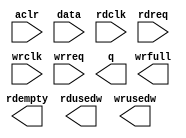
// megafunction wizard: %FIFO%VBB%
// GENERATION: STANDARD
// VERSION: WM1.0
// MODULE: dcfifo 

// ============================================================
// Megafunction Name(s):
// 			dcfifo
//
// Simulation Library Files(s):
// 			altera_mf
// ============================================================
// ************************************************************
// THIS IS A WIZARD-GENERATED FILE. DO NOT EDIT THIS FILE!
//
// 9.0 Build 132 02/25/2009 SJ Full Version
// ************************************************************

//Copyright (C) 1991-2009 Altera Corporation
//Your use of Altera Corporation's design tools, logic functions 
//and other software and tools, and its AMPP partner logic 
//functions, and any output files from any of the foregoing 
//(including device programming or simulation files), and any 
//associated documentation or information are expressly subject 
//to the terms and conditions of the Altera Program License 
//Subscription Agreement, Altera MegaCore Function License 
//Agreement, or other applicable license agreement, including, 
//without limitation, that your use is for the sole purpose of 
//programming logic devices manufactured by Altera and sold by 
//Altera or its authorized distributors.  Please refer to the 
//applicable agreement for further details.

module FIFO_LAST16 (
	aclr,
	data,
	rdclk,
	rdreq,
	wrclk,
	wrreq,
	q,
	rdempty,
	rdusedw,
	wrfull,
	wrusedw);

	input	  aclr;
	input	[15:0]  data;
	input	  rdclk;
	input	  rdreq;
	input	  wrclk;
	input	  wrreq;
	output	[15:0]  q;
	output	  rdempty;
	output	[13:0]  rdusedw;
	output	  wrfull;
	output	[13:0]  wrusedw;
`ifndef ALTERA_RESERVED_QIS
// synopsys translate_off
`endif
	tri0	  aclr;
`ifndef ALTERA_RESERVED_QIS
// synopsys translate_on
`endif

endmodule

// ============================================================
// CNX file retrieval info
// ============================================================
// Retrieval info: PRIVATE: AlmostEmpty NUMERIC "0"
// Retrieval info: PRIVATE: AlmostEmptyThr NUMERIC "-1"
// Retrieval info: PRIVATE: AlmostFull NUMERIC "0"
// Retrieval info: PRIVATE: AlmostFullThr NUMERIC "-1"
// Retrieval info: PRIVATE: CLOCKS_ARE_SYNCHRONIZED NUMERIC "0"
// Retrieval info: PRIVATE: Clock NUMERIC "4"
// Retrieval info: PRIVATE: Depth NUMERIC "8192"
// Retrieval info: PRIVATE: Empty NUMERIC "1"
// Retrieval info: PRIVATE: Full NUMERIC "1"
// Retrieval info: PRIVATE: INTENDED_DEVICE_FAMILY STRING "Stratix II"
// Retrieval info: PRIVATE: LE_BasedFIFO NUMERIC "0"
// Retrieval info: PRIVATE: LegacyRREQ NUMERIC "0"
// Retrieval info: PRIVATE: MAX_DEPTH_BY_9 NUMERIC "0"
// Retrieval info: PRIVATE: OVERFLOW_CHECKING NUMERIC "0"
// Retrieval info: PRIVATE: Optimize NUMERIC "0"
// Retrieval info: PRIVATE: RAM_BLOCK_TYPE NUMERIC "0"
// Retrieval info: PRIVATE: SYNTH_WRAPPER_GEN_POSTFIX STRING "0"
// Retrieval info: PRIVATE: UNDERFLOW_CHECKING NUMERIC "0"
// Retrieval info: PRIVATE: UsedW NUMERIC "1"
// Retrieval info: PRIVATE: Width NUMERIC "16"
// Retrieval info: PRIVATE: dc_aclr NUMERIC "1"
// Retrieval info: PRIVATE: diff_widths NUMERIC "0"
// Retrieval info: PRIVATE: msb_usedw NUMERIC "1"
// Retrieval info: PRIVATE: output_width NUMERIC "16"
// Retrieval info: PRIVATE: rsEmpty NUMERIC "1"
// Retrieval info: PRIVATE: rsFull NUMERIC "0"
// Retrieval info: PRIVATE: rsUsedW NUMERIC "1"
// Retrieval info: PRIVATE: sc_aclr NUMERIC "0"
// Retrieval info: PRIVATE: sc_sclr NUMERIC "0"
// Retrieval info: PRIVATE: wsEmpty NUMERIC "0"
// Retrieval info: PRIVATE: wsFull NUMERIC "1"
// Retrieval info: PRIVATE: wsUsedW NUMERIC "1"
// Retrieval info: CONSTANT: ADD_USEDW_MSB_BIT STRING "ON"
// Retrieval info: CONSTANT: INTENDED_DEVICE_FAMILY STRING "Stratix II"
// Retrieval info: CONSTANT: LPM_NUMWORDS NUMERIC "8192"
// Retrieval info: CONSTANT: LPM_SHOWAHEAD STRING "ON"
// Retrieval info: CONSTANT: LPM_TYPE STRING "dcfifo"
// Retrieval info: CONSTANT: LPM_WIDTH NUMERIC "16"
// Retrieval info: CONSTANT: LPM_WIDTHU NUMERIC "14"
// Retrieval info: CONSTANT: OVERFLOW_CHECKING STRING "ON"
// Retrieval info: CONSTANT: RDSYNC_DELAYPIPE NUMERIC "4"
// Retrieval info: CONSTANT: UNDERFLOW_CHECKING STRING "ON"
// Retrieval info: CONSTANT: USE_EAB STRING "ON"
// Retrieval info: CONSTANT: WRITE_ACLR_SYNCH STRING "OFF"
// Retrieval info: CONSTANT: WRSYNC_DELAYPIPE NUMERIC "4"
// Retrieval info: USED_PORT: aclr 0 0 0 0 INPUT GND aclr
// Retrieval info: USED_PORT: data 0 0 16 0 INPUT NODEFVAL data[15..0]
// Retrieval info: USED_PORT: q 0 0 16 0 OUTPUT NODEFVAL q[15..0]
// Retrieval info: USED_PORT: rdclk 0 0 0 0 INPUT NODEFVAL rdclk
// Retrieval info: USED_PORT: rdempty 0 0 0 0 OUTPUT NODEFVAL rdempty
// Retrieval info: USED_PORT: rdreq 0 0 0 0 INPUT NODEFVAL rdreq
// Retrieval info: USED_PORT: rdusedw 0 0 14 0 OUTPUT NODEFVAL rdusedw[13..0]
// Retrieval info: USED_PORT: wrclk 0 0 0 0 INPUT NODEFVAL wrclk
// Retrieval info: USED_PORT: wrfull 0 0 0 0 OUTPUT NODEFVAL wrfull
// Retrieval info: USED_PORT: wrreq 0 0 0 0 INPUT NODEFVAL wrreq
// Retrieval info: USED_PORT: wrusedw 0 0 14 0 OUTPUT NODEFVAL wrusedw[13..0]
// Retrieval info: CONNECT: @data 0 0 16 0 data 0 0 16 0
// Retrieval info: CONNECT: q 0 0 16 0 @q 0 0 16 0
// Retrieval info: CONNECT: @wrreq 0 0 0 0 wrreq 0 0 0 0
// Retrieval info: CONNECT: @rdreq 0 0 0 0 rdreq 0 0 0 0
// Retrieval info: CONNECT: @rdclk 0 0 0 0 rdclk 0 0 0 0
// Retrieval info: CONNECT: @wrclk 0 0 0 0 wrclk 0 0 0 0
// Retrieval info: CONNECT: rdempty 0 0 0 0 @rdempty 0 0 0 0
// Retrieval info: CONNECT: rdusedw 0 0 14 0 @rdusedw 0 0 14 0
// Retrieval info: CONNECT: wrfull 0 0 0 0 @wrfull 0 0 0 0
// Retrieval info: CONNECT: wrusedw 0 0 14 0 @wrusedw 0 0 14 0
// Retrieval info: CONNECT: @aclr 0 0 0 0 aclr 0 0 0 0
// Retrieval info: LIBRARY: altera_mf altera_mf.altera_mf_components.all
// Retrieval info: GEN_FILE: TYPE_NORMAL FIFO_LAST16.v TRUE
// Retrieval info: GEN_FILE: TYPE_NORMAL FIFO_LAST16.inc FALSE
// Retrieval info: GEN_FILE: TYPE_NORMAL FIFO_LAST16.cmp FALSE
// Retrieval info: GEN_FILE: TYPE_NORMAL FIFO_LAST16.bsf TRUE FALSE
// Retrieval info: GEN_FILE: TYPE_NORMAL FIFO_LAST16_inst.v TRUE
// Retrieval info: GEN_FILE: TYPE_NORMAL FIFO_LAST16_bb.v TRUE
// Retrieval info: GEN_FILE: TYPE_NORMAL FIFO_LAST16_waveforms.html TRUE
// Retrieval info: GEN_FILE: TYPE_NORMAL FIFO_LAST16_wave*.jpg FALSE
// Retrieval info: LIB_FILE: altera_mf